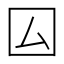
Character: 囜